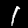
Label: 1